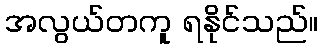
အလွယ်တကူ ရနိုင်သည်။